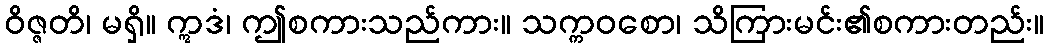
ဝိဇ္ဇတိ၊ မရှိ။ ဣဒံ၊ ဤစကားသည်ကား။ သက္ကဝစော၊ သိကြားမင်း၏စကားတည်း။